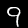
Label: 9